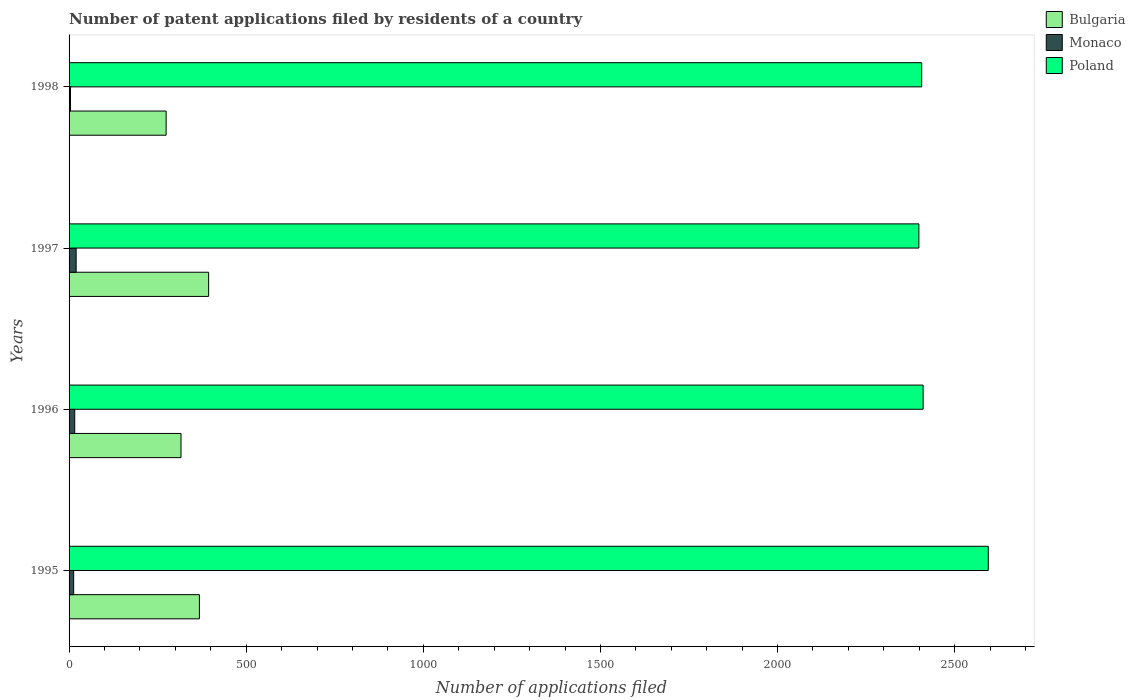
| Years | Bulgaria | Monaco | Poland |
 | --- | --- | --- | --- |
 | 1995 | 368 | 13 | 2.6e+03 |
 | 1996 | 316 | 16 | 2.41e+03 |
 | 1997 | 394 | 20 | 2.4e+03 |
 | 1998 | 274 | 4 | 2.41e+03 |